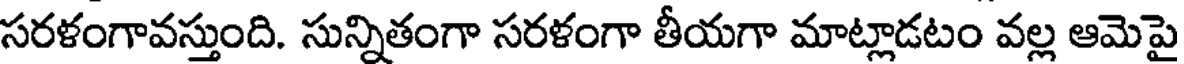
సరళంగావస్తుంది. సున్నితంగా సరళంగా తీయగా మాట్లాడటం వల్ల ఆమెపై